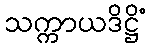
သက္ကာယဒိဋ္ဌိံ